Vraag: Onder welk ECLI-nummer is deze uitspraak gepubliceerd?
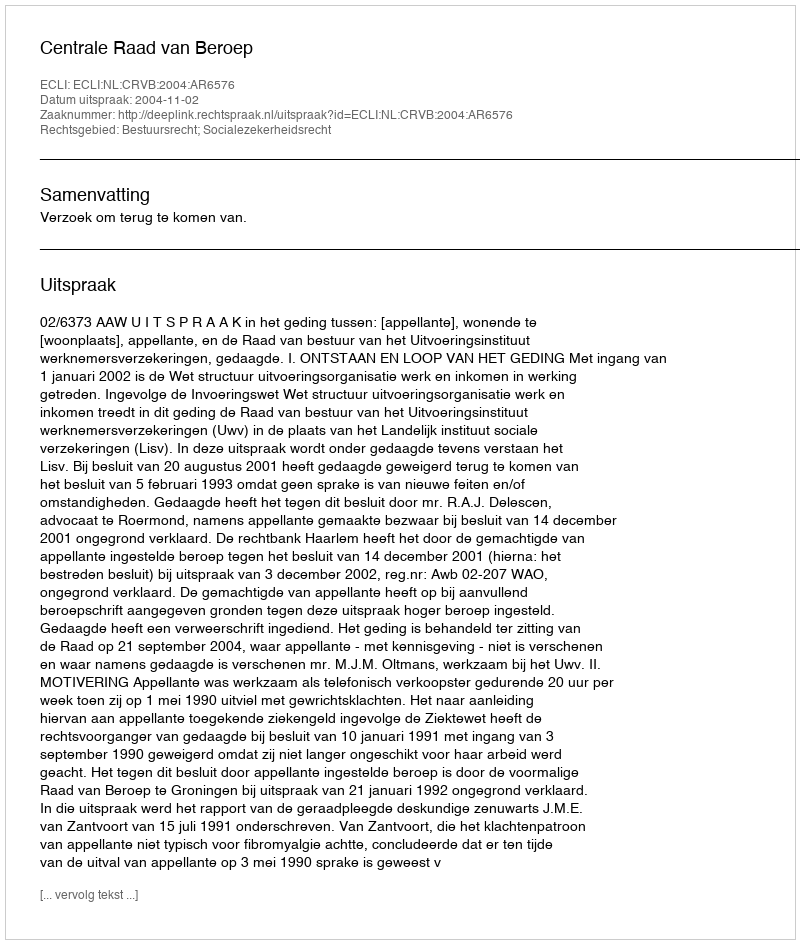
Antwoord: ECLI:NL:CRVB:2004:AR6576